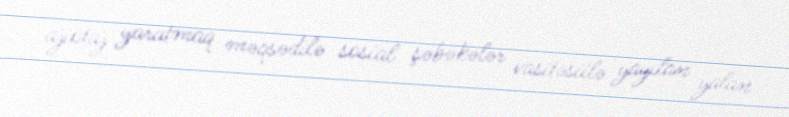
ajiotaj yaratmaq məqsədilə sosial şəbəkələr vasitəsiilə yayılan yalan